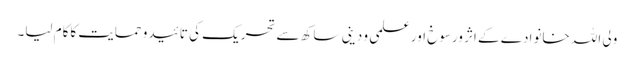
ولی اللہ خانوادے کے اثر ورسوخ اور علمی و دینی ساکھ سے تحریک کی تائیدو حمایت کاکام لیا۔